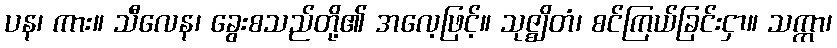
ပန၊ ကား။ သီလေန၊ ခွေးစသည်တို့၏ အလေ့ဖြင့်။ သုဇ္ဈိတံ၊ စင်ကြယ်ခြင်းငှာ။ သက္ကာ၊